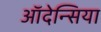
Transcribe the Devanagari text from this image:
ऑदेन्सिया